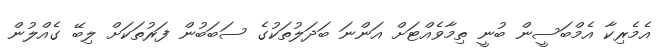
އެމެރިކާ އެމްބަސީން ބުނީ ތިމާވެއްޓަށް އަންނަ ބަދަލުތަކުގެ ސަބަބުން ފަރުތަކަށް ލިބޭ ގެއްލުން